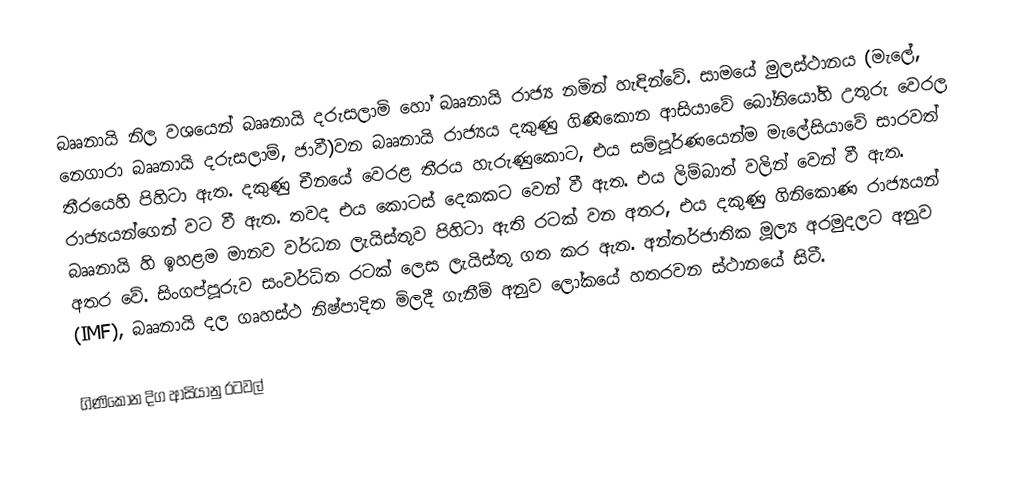
බෲනායි නිල වශයෙන් බෲනායි දරුසලාමි හෝ බෲනායි රාජ්‍ය නමින් හැඳින්වේ. සාමයේ මුලස්ථානය (මැලේ, නෙගාරා බෲනායි දරුසලාම්, ජාවී)වන බෲනායි රාජ්‍යය  දකුණු ගිණිකොන ආසියාවේ බෝනියෝහි උතුරු වෙරල තීරයෙහි පිහිටා ඇත. දකුණු චීනයේ වෙරළ තීරය හැරුණුකොට, එය සම්පූර්ණයෙන්ම මැලේසියාවේ සාරවත් රාජ්‍යයන්ගෙන් වට වී ඇත. තවද එය කොටස් දෙකකට වෙන් වී ඇත. එය ලිම්බාත් වලින් වෙන් වී ඇත. බෲනායි හි ඉහළම මානව වර්ධන ලැයිස්තුව පිහිටා ඇති රටක් වන අතර, එය දකුණු ගිනිකොණ රාජ්‍යයන් අතර වේ. සිංගප්පූරුව සංවර්ධිත රටක් ලෙස ලැයිස්තු ගත කර ඇත. අන්තර්ජාතික මූල්‍ය අරමුදලට අනුව (IMF), බෲනායි දල ගෘහස්ථ නිෂ්පාදිත මිලදී ගැනීම් අනුව ලෝකයේ හතරවන ස්ථානයේ සිටී.

ගිණිකොන දිග ආසියානු රටවල්